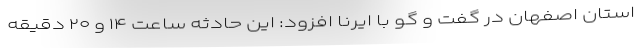
استان اصفهان در گفت و گو با ایرنا افزود: این حادثه ساعت ۱۴ و ۲۰ دقیقه